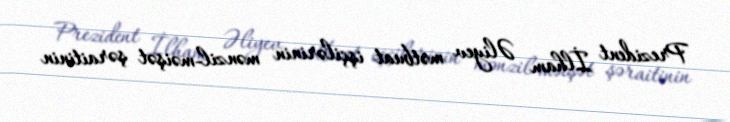
Prezident İlham Əliyev mətbuat işçilərinin mənzil-məişət şəraitinin